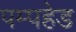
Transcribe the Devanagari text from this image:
पम्पहेड